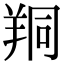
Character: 𦍻